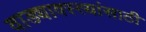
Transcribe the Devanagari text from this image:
वाड्यावस्त्यांसाठी